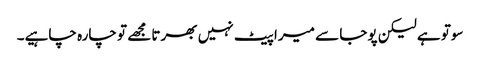
سوتو ہے لیکن پوجا سے میرا پیٹ نہیں بھرتا مجھے تو چارہ چاہیے۔